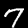
Digit: 7